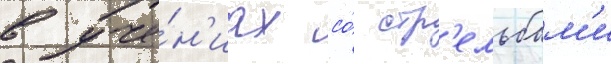
в уче́н'иах со́ стр'ельбам'и